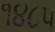
૧૪૮૫